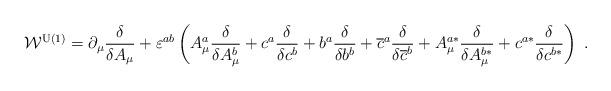
LaTeX: \begin{align*}\mathcal{W}^{\mathrm{U(1)}}=\partial _\mu \frac \delta {\delta A_\mu}+\varepsilon ^{ab}\left( A_\mu ^a\frac \delta {\delta A_\mu ^b}+c^a\frac\delta {\delta c^b}+b^a\frac \delta {\delta b^b}+\overline{c}^a\frac \delta{\delta \overline{c}^b}+A_\mu ^{a*}\frac \delta {\delta A_\mu^{b*}}+c^{a*}\frac \delta {\delta c^{b*}}\right) \;. \end{align*}